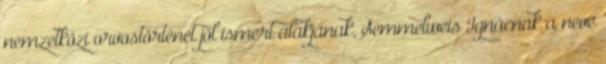
nemzetközi orvostörténet jól ismert alakjának, Semmelweis Ignácnak a neve